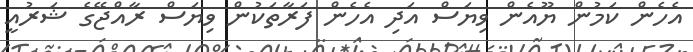
އެހެން ކަމުން ޔޫއެން ވިޔަސް އަދި އެހެން ފަރާތަކުން ވިޔަސް ރާއްޖޭގެ ޝަރުއީ